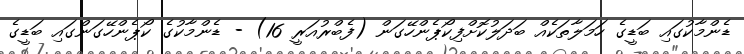
ޑެންމާކުގައި ބަޑީގެ ހަމަލާތަކެއް ބަދަލުކޮށްފިކޯޕެންހޭގަން (ފެބްރުއަރީ 16) - ޑެންމާކުގެ ކޯޕެންހޭގަންގައި ބަޑީގެ